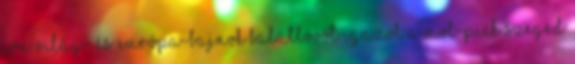
jön Világ- és Európa-bajnok balátlövőt igazol a MOL-Pick Szeged